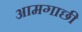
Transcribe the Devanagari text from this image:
आमगाछी